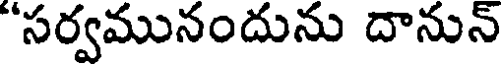
"సర్వమునందును దానున్